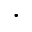
\cdot